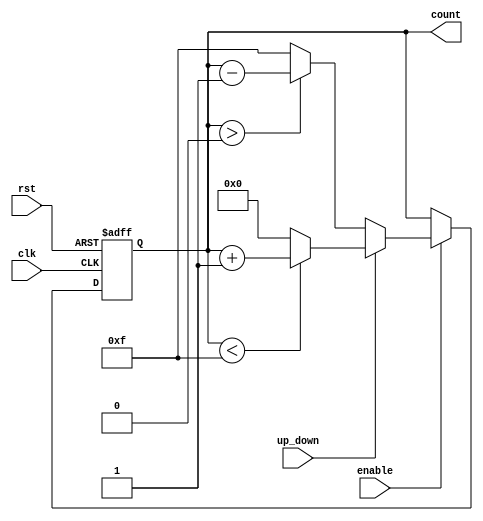
module UpDownCounter (
    input wire clk,          // Clock input
    input wire rst,          // Asynchronous reset
    input wire up_down,      // Control signal for counting direction
    input wire enable,       // Enable signal
    output reg [N-1:0] count // Output count
);
    parameter N = 4; // Width of the counter (number of bits)
    parameter MAX_COUNT = (1 << N) - 1; // Maximum count value for N bits

    // Asynchronous reset and counting logic
    always @(posedge clk or posedge rst) begin
        if (rst) begin
            count <= 0; // Reset the counter to 0
        end else if (enable) begin
            if (up_down) begin
                // Count up
                if (count < MAX_COUNT) begin
                    count <= count + 1; // Increment the counter
                end else begin
                    count <= 0; // Wrap around to 0 on overflow
                end
            end else begin
                // Count down
                if (count > 0) begin
                    count <= count - 1; // Decrement the counter
                end else begin
                    count <= MAX_COUNT; // Wrap around to MAX_COUNT on underflow
                end
            end
        end
    end
endmodule